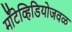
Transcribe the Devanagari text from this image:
मॉँटेव्हिडियोजवळ